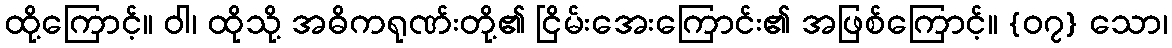
ထို့ကြောင့်။ ဝါ၊ ထိုသို့ အဓိကရုဏ်းတို့၏ ငြိမ်းအေးကြောင်း၏ အဖြစ်ကြောင့်။ {၀၇} သော၊